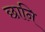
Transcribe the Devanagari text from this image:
छानि